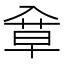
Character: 䓥